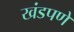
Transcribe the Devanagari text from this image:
खंडपणे